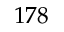
1 7 8